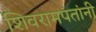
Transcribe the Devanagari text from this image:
शिवरामपंतांनी